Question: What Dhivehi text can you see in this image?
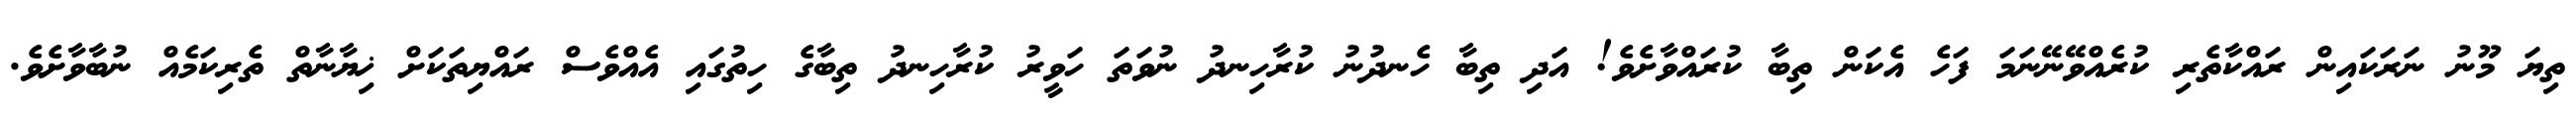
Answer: ތިޔަ މޫނު ނަރަކައިން ރައްކާތެރި ކުރެއްވޭނޭނަމަ ފަހެ އެކަން ތިބާ ކުރައްވާށެވެ! އަދި ތިބާ ހެނދުނު ކުރާހިނދު ނުވަތަ ހަވީރު ކުރާހިނދު ތިބާގެ ހިތުގައި އެއްވެސް ރައްޔިތަކަށް ޚިޔާނާތް ތެރިކަމެއް ނުބާވާށެވެ.